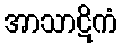
အာသာဋိကံ